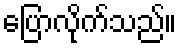
ပြောလိုက်သည်။